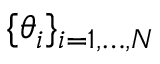
\{ \theta _ { i } \} _ { i = 1 , \ldots , N }